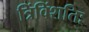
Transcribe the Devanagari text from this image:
त्रिंविंशतिः